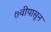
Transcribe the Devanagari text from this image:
७वीपासून